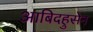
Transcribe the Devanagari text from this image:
आबिदहुसेन